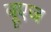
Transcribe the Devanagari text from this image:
बूएज